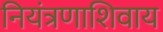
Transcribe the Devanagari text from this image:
नियंत्रणाशिवाय